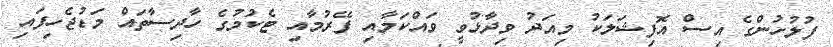
ފުލުހުންގެ އިސް އޮފިޝަލަކު މިއަދު ވިދާޅުވީ ވައްކަމާއި ފޭރުމާއި ޓެކުމުގެ ހާދިސާތައް މަޑުޖެހިފައި